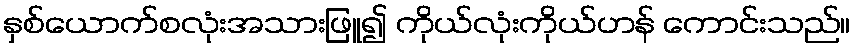
နှစ်ယောက်စလုံးအသားဖြူ၍ ကိုယ်လုံးကိုယ်ဟန် ကောင်းသည်။